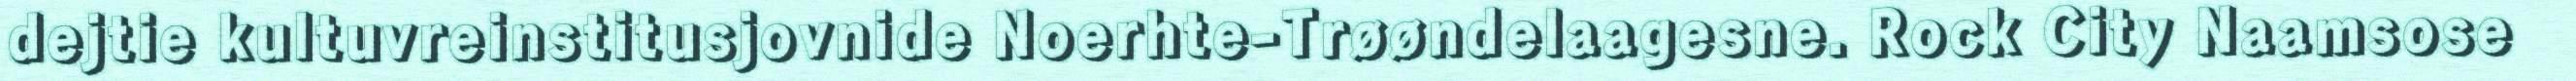
dejtie kultuvreinstitusjovnide Noerhte-Trøøndelaagesne. Rock City Naamsose